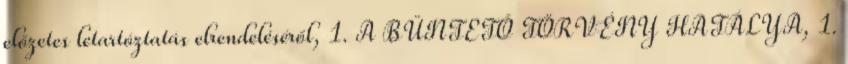
előzetes letartóztatás elrendeléséről, 1. A BÜNTETŐ TÖRVÉNY HATÁLYA, 1.